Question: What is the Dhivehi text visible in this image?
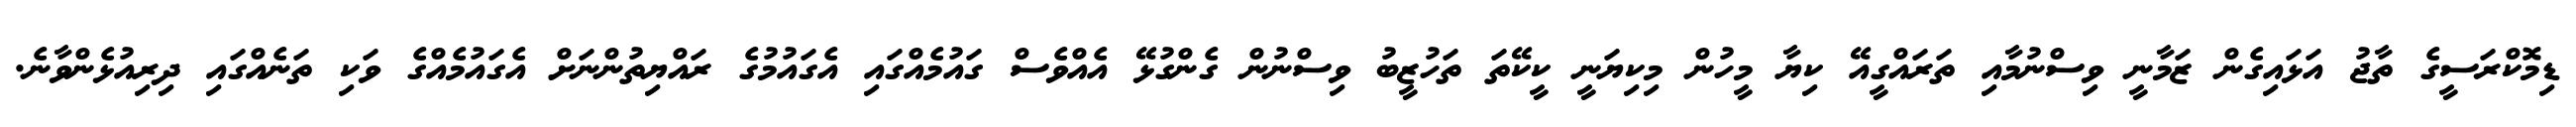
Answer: ޑިމޮކްރަސީގެ ތާޖު އަޅައިގެން ޒަމާނީ ވިސްނުމާއި ތަރައްގީއޭ ކިޔާ މީހުން މިކިޔަނީ ކީކޭތަ ތަހުޒީބު ވިސްނުން ގެންގުޅޭ އެއްވެސް ގައުމެއްގައި އެގައުމުގެ ރައްޔިތުންނަށް އެގައުމެއްގެ ވަކި ތަނެއްގައި ދިރިއުޅެންވާނެ.